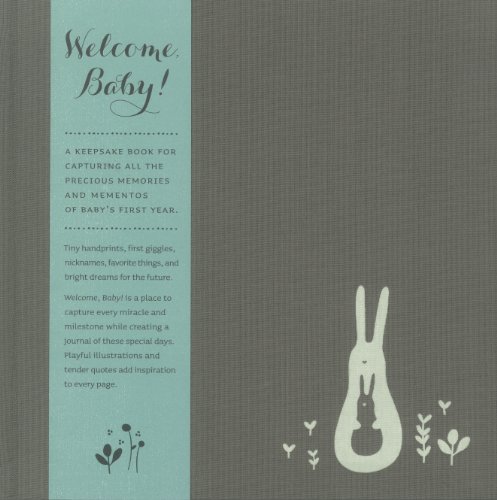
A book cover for Welcome Baby (Boy); Dan Zadra; Parenting & Relationships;